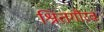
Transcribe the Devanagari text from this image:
श्रितगौरव